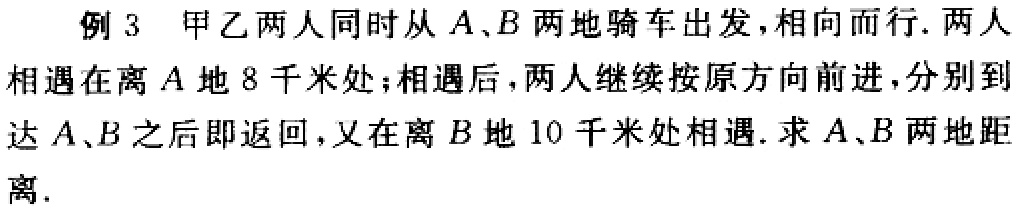
例 3 甲乙两人同时从 \(A、B\) 两地骑车出发，相向而行. 两人相遇在离 \(A\) 地 \(8\) 千米处；相遇后，两人继续按原方向前进，分别到达 \(A、B\) 之后即返回，又在离 \(B\) 地 \(10\) 千米处相遇. 求 \(A、B\) 两地距离.